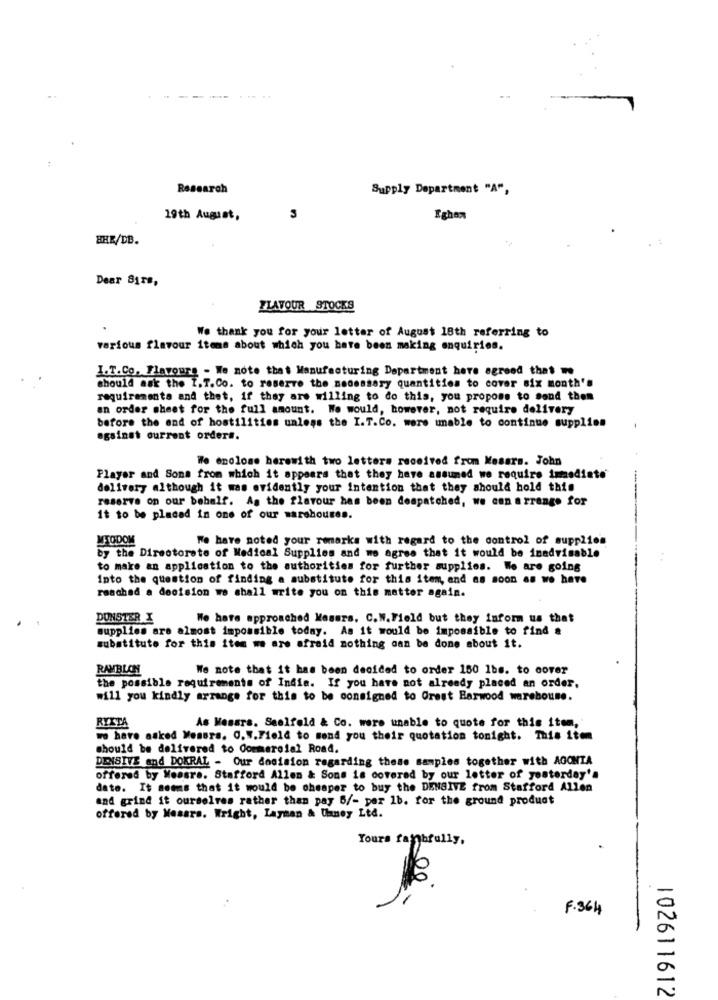
Research
Supply Department "A",
19th August,
n
Eghon
HER/DB.
Dear Sirs,
FLAVOUR STOCKS
We thank you for your letter of August 18th referring to
various flavour items about which you have been making enquiries.
I.T.Co. Flavours - We note that Manufacturing Department here agreed that we
should ask the I.T.Co. to reserve the necessary quantities to cover six month's
requirements and thet, if they are willing to do this, you propose to send them
an order sheet for the full amount. We would, however, not require delivery
before the end of hostilities unless the I.T.Co. were unable to continue supplies
against current orders.
We enolone herewith two letters received from Kesars. John
Player and Sons from which it appears that they have assumed we require immediato
delivery although it was evidently your intention that they should hold this
reserve on our behalf. As the flavour has been despatched, we can arrange for
it to be placed in one of our warehouses.
MTODOM
We have noted your remarks with regard to the control of supplies
by the Directorete of Medical Supplies and we agree that it would be inadvisable
to make an application to the authorities for further supplies. We are going
Into the question of finding a substitute for this item, and as soon as we have
reached a decision we shall write you on this matter again.
DUNSTER X
We have approached Masurs. C.W.Field but they inform us that
supplies are almost impossible today. As it would be impossible to find a
substitute for this item we are afraid nothing can be done about it.
RAMBLON
We note that it has been decided to order 150 1bs. to cover
the possible requirements of India. If you have not already placed an order,
will you kindly arrange for this to be consigned to Orest Rarwood warehouse.
As Messrs. Seelfold & Co. were unable to quote for this item,
RYSTA
we have asked Mesurs. O.S.Field to send you their quotation tonight. This item
should be delivered to Commercial Road.
DENSIVE and DOKRAL - Our docision regarding these samples together with AGONIA
offered by Measre. Stafford Allen & Sons is covered by our letter of yesterday's
date. It seems that it would be cheaper to buy the DENSIVE from Stafford Allen
and grind it ourselves rather than pay 6/- per 1b. for the ground product
offered by Masars. Wright, Layman & Uanoy Lt4.
Yours faithfully,
F.364
102611612